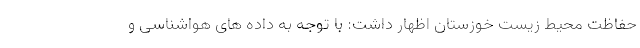
حفاظت محیط زیست خوزستان اظهار داشت: با توجه به داده های هواشناسی و